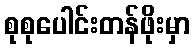
စုစုပေါင်းတန်ဖိုးမှာ